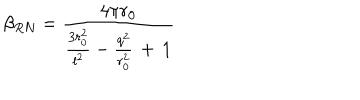
\beta _ { R N } = \frac { 4 \pi r _ { 0 } } { \frac { 3 r _ { 0 } ^ { 2 } } { l ^ { 2 } } - \frac { q ^ { 2 } } { r _ { 0 } ^ { 2 } } \, + \, 1 }